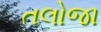
તલોજા